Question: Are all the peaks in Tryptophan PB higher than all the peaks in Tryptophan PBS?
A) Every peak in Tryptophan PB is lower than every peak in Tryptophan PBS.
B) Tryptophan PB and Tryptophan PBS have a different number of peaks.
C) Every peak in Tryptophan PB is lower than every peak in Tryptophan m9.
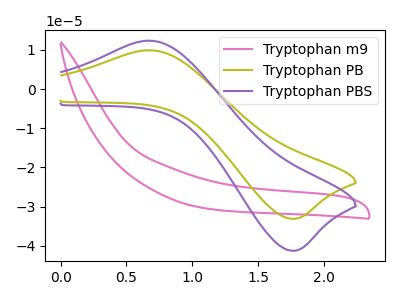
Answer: <think>The pink curve "Tryptophan m9" has no peaks. The olive curve "Tryptophan PB" has an anodic peak at (0.65V, 9.90uA) and a cathodic peak at (1.75V, -33.10uA). The purple curve "Tryptophan PBS" has an anodic peak at (0.65V, 12.35uA) and a cathodic peak at (1.75V, -41.25uA).</think>
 <answer>A) Every peak in "Tryptophan PB" is lower than every peak in "Tryptophan PBS".</answer>
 <eval>A</eval>